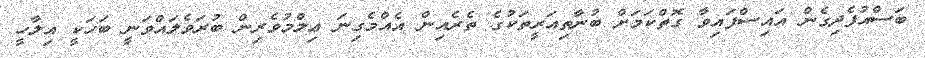
ބަސްއުފެދިގެން އައިސްފައިވާ ގޮތްކަމަށް ބުނާތިއަރީތަކުގެ ތެރެއިން އެއްމެގިނަ ޢިލްމުވެރިން ބުރަވެލައްވަނީ ބަހަކީ އިލާހީ